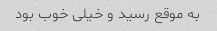
به موقع رسید و خیلی خوب بود